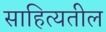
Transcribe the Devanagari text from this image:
साहित्यतील